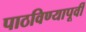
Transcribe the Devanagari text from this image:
पाठविण्यापूर्वी